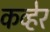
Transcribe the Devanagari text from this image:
कव्हेर